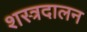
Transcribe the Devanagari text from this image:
शस्त्रदालन